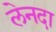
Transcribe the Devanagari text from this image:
लेनदा